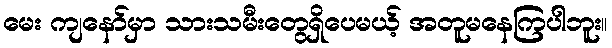
မေး ကျနော်မှာ သားသမီးတွေရှိပေမယ့် အတူမနေကြပါဘူး။